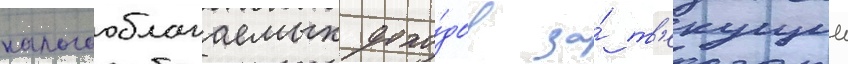
налогооблагаемых дохо́дов за́ т'екущии